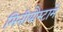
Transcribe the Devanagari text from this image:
मिनीयौस्टामें